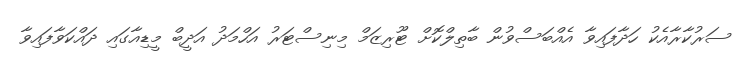
ސަރުކާރާއެކު ހަދާފައިވާ އެއްބަސްވުން ބާތިލްކޮށް ޓޫރިޒަމް މިނިސްޓަރު އަހްމަދު އަދީބް މީޑިއާގައި ދައްކަވާފައިވާ